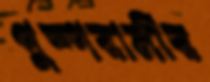
পুষ্পরানীর